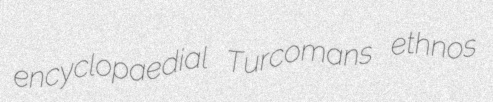
encyclopaedial Turcomans ethnos